Vaccination in Bombay 1889-1901 - 1889-1901
Year: 1889
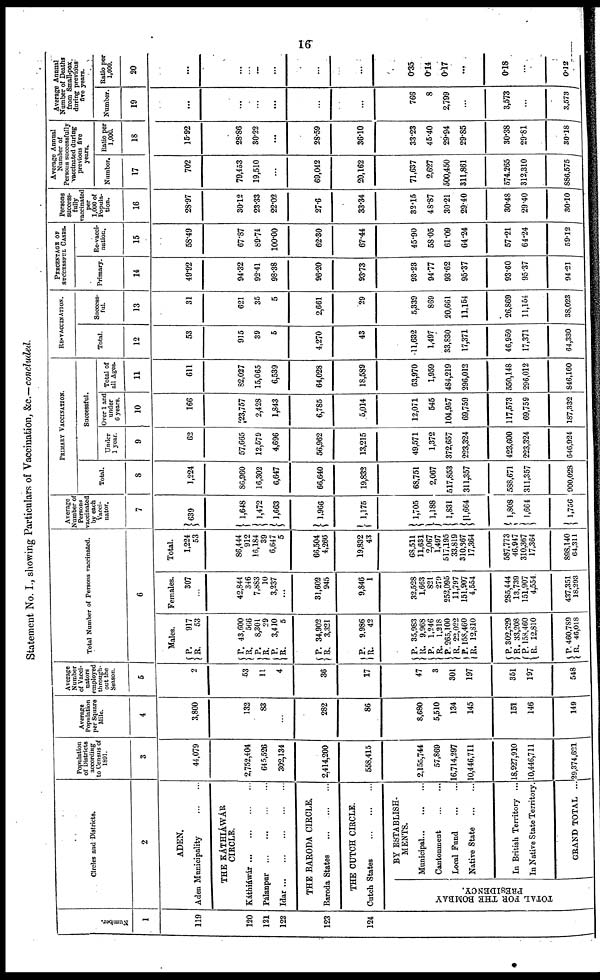
16
Statement No. I., showing Particulars of Vaccination, &c.— concluded.
Number.
1
119
120
121
122
123
124
Circles and Districts.
2
ADEN.
Aden Municipality
...
...
THE
KÁTHIÁWÁR
CIRCLE.
Káthiawár
...
...
...
...
Pálanpur
...
...
...
...
Idar
...
...
...
...
...
THE BARODA CIRCLE,
Baroda States ... ... ...
THE CUTCH CIRCLE.
Cutch States ... ... ...
TOTAL FOR THE BOMBAY
PRESIDENCY.
BY ESTABLISH-
MENTS.
Municipal
...
...
...
Cantonment ... ...
Local Fund ... ...
Native State ... ...
In British Territory ...
In Native State Territory.
GRAND TOTAL ...
Population
of District
according
to Census of
1891.
3
44,079
2,752,404
645,526
302,134
2,414,200
558,415
2,155,744
57,869
16,714,297
10,446,711
18,927,910
10,446,711
29,374,621
Average
Population
per Square
Mile.
4
3,800
132
83
...
282
86
8,680
5,510
134
145
151
146
149
Average
Number
of Vacci¬
nators
employed
through-
out the
Season.
5
2
53
11
4
36
17
47
3
301
197
351
197
548
Total Number of Persons vaccinated.
6
Males.
P.
R.
P.
R.
P.
R.
P.
R.
P.
R.
P.
R.
P.
R.
P.
R.
P.
R.
P.
R.
P.
R.
P.
R.
P.
R.
917
53
43,600
566
8,301
29
3,410
5
34,902
3,321
9,986
42
35,983
9,968
1,246
1,218
265,100
22,022
158,460
12,810
302,329
33,208
158,460
12,810
460,789
46,018
Females.
307
...
42,844
346
7,883
10
3,237
...
31,602
945
9,846
1
32,528
1,663
821
279
252,095
11,797
151,907
4,554
285,444
13,739
151,907
4,554.
437,351
18,293
Total.
1,224
53
86,444
912
16,184
39
6,647
5
66,504
4,266
19,832
43
68,511
11,631
2,067
1,497
517,195
33,819
310,367
17,364
587,773
46,947
310,367
17,364
898,140
64,311
Average
Number of
Persons
vaccinated
by each
Vacci¬
nator.
7
639
1,648
1,472
1,663
1,966
1,175
1,705
1,188
1,831
1,664
1,808
1,664
1,756
PRIMARY VACCINATION.
Total.
8
1,224
86,960
16,302
6,647
66,640
19,832
68,751
2,067
517,853
311,357
5S8,671
311,357
900,028
Successful.
Under
1 year.
9
62
57,665
12,579
4,696
56,962
13,215
49,571
1,372
372,657
223,324
423,600
223,324
646,924
Over 1 and
under
6 years.
10
166
23,757
2,428
1,843
6,785
5,014
12,071
545
104,957
69,759
117,573
69,759
187,332
Total of
all Ages.
11
611
82,027
15,065
6,539
64,028
18,589
63,970
1,959
484,219
296,012
550,148
296,012
846,160
RE-VACCINATION.
Total.
12
53
915
39
5
4,270
43
11,632
1,497
33,830
17,371
46,959
17,371
64,330
Success-
ful.
13
31
621
35
5
2,661
29
5,339
869
20,661
11,164
26,869
11,154
38,023
PERCENTAGE OF
SUCCESSFUL CASES.
Primary
14
49.92
94.32
92.41
98.38
96.20
93.73
93.23
9477
93.62
95.37
93.60
95.37
94.21
Re-vacci¬
nation.
15
58.49
67.87
89.74
100.00
62.30
67.44
45.90
58.05
61.09
64.24
57.21
64.24
59.12
Persons
success¬
fully
vaccinated
per
1,000 of
Popula-
tion.
16
28.97
30.12
23.33
22.02
27.6
33.34
32.15
48.87
30.21
29.40
30.48
29.40
30.10
Average Annual
Number of
Persons successfully
vaccinated during
previous five
years.
Number.
17
702
79,453
19,510
...
69,042
20,162
71,637
2,627
500,450
311,861
574.265
312,310
886,575
Ratio per
1,000.
18
15.92
28.86
30.22
...
28.59
36.10
33.23
45.40
29.94
29.85
30.38
29.81
30.18
Average Annual
Number of Deaths
from Small-pox,
during previous
five years.
Number.
19
...
...
...
...
...
...
766
8
2,799
...
3,573
...
3,573
Ratio per
1,000.
20
...
...
...
...
...
...
0.35
0.14
0.17
...
0.18
...
0.12